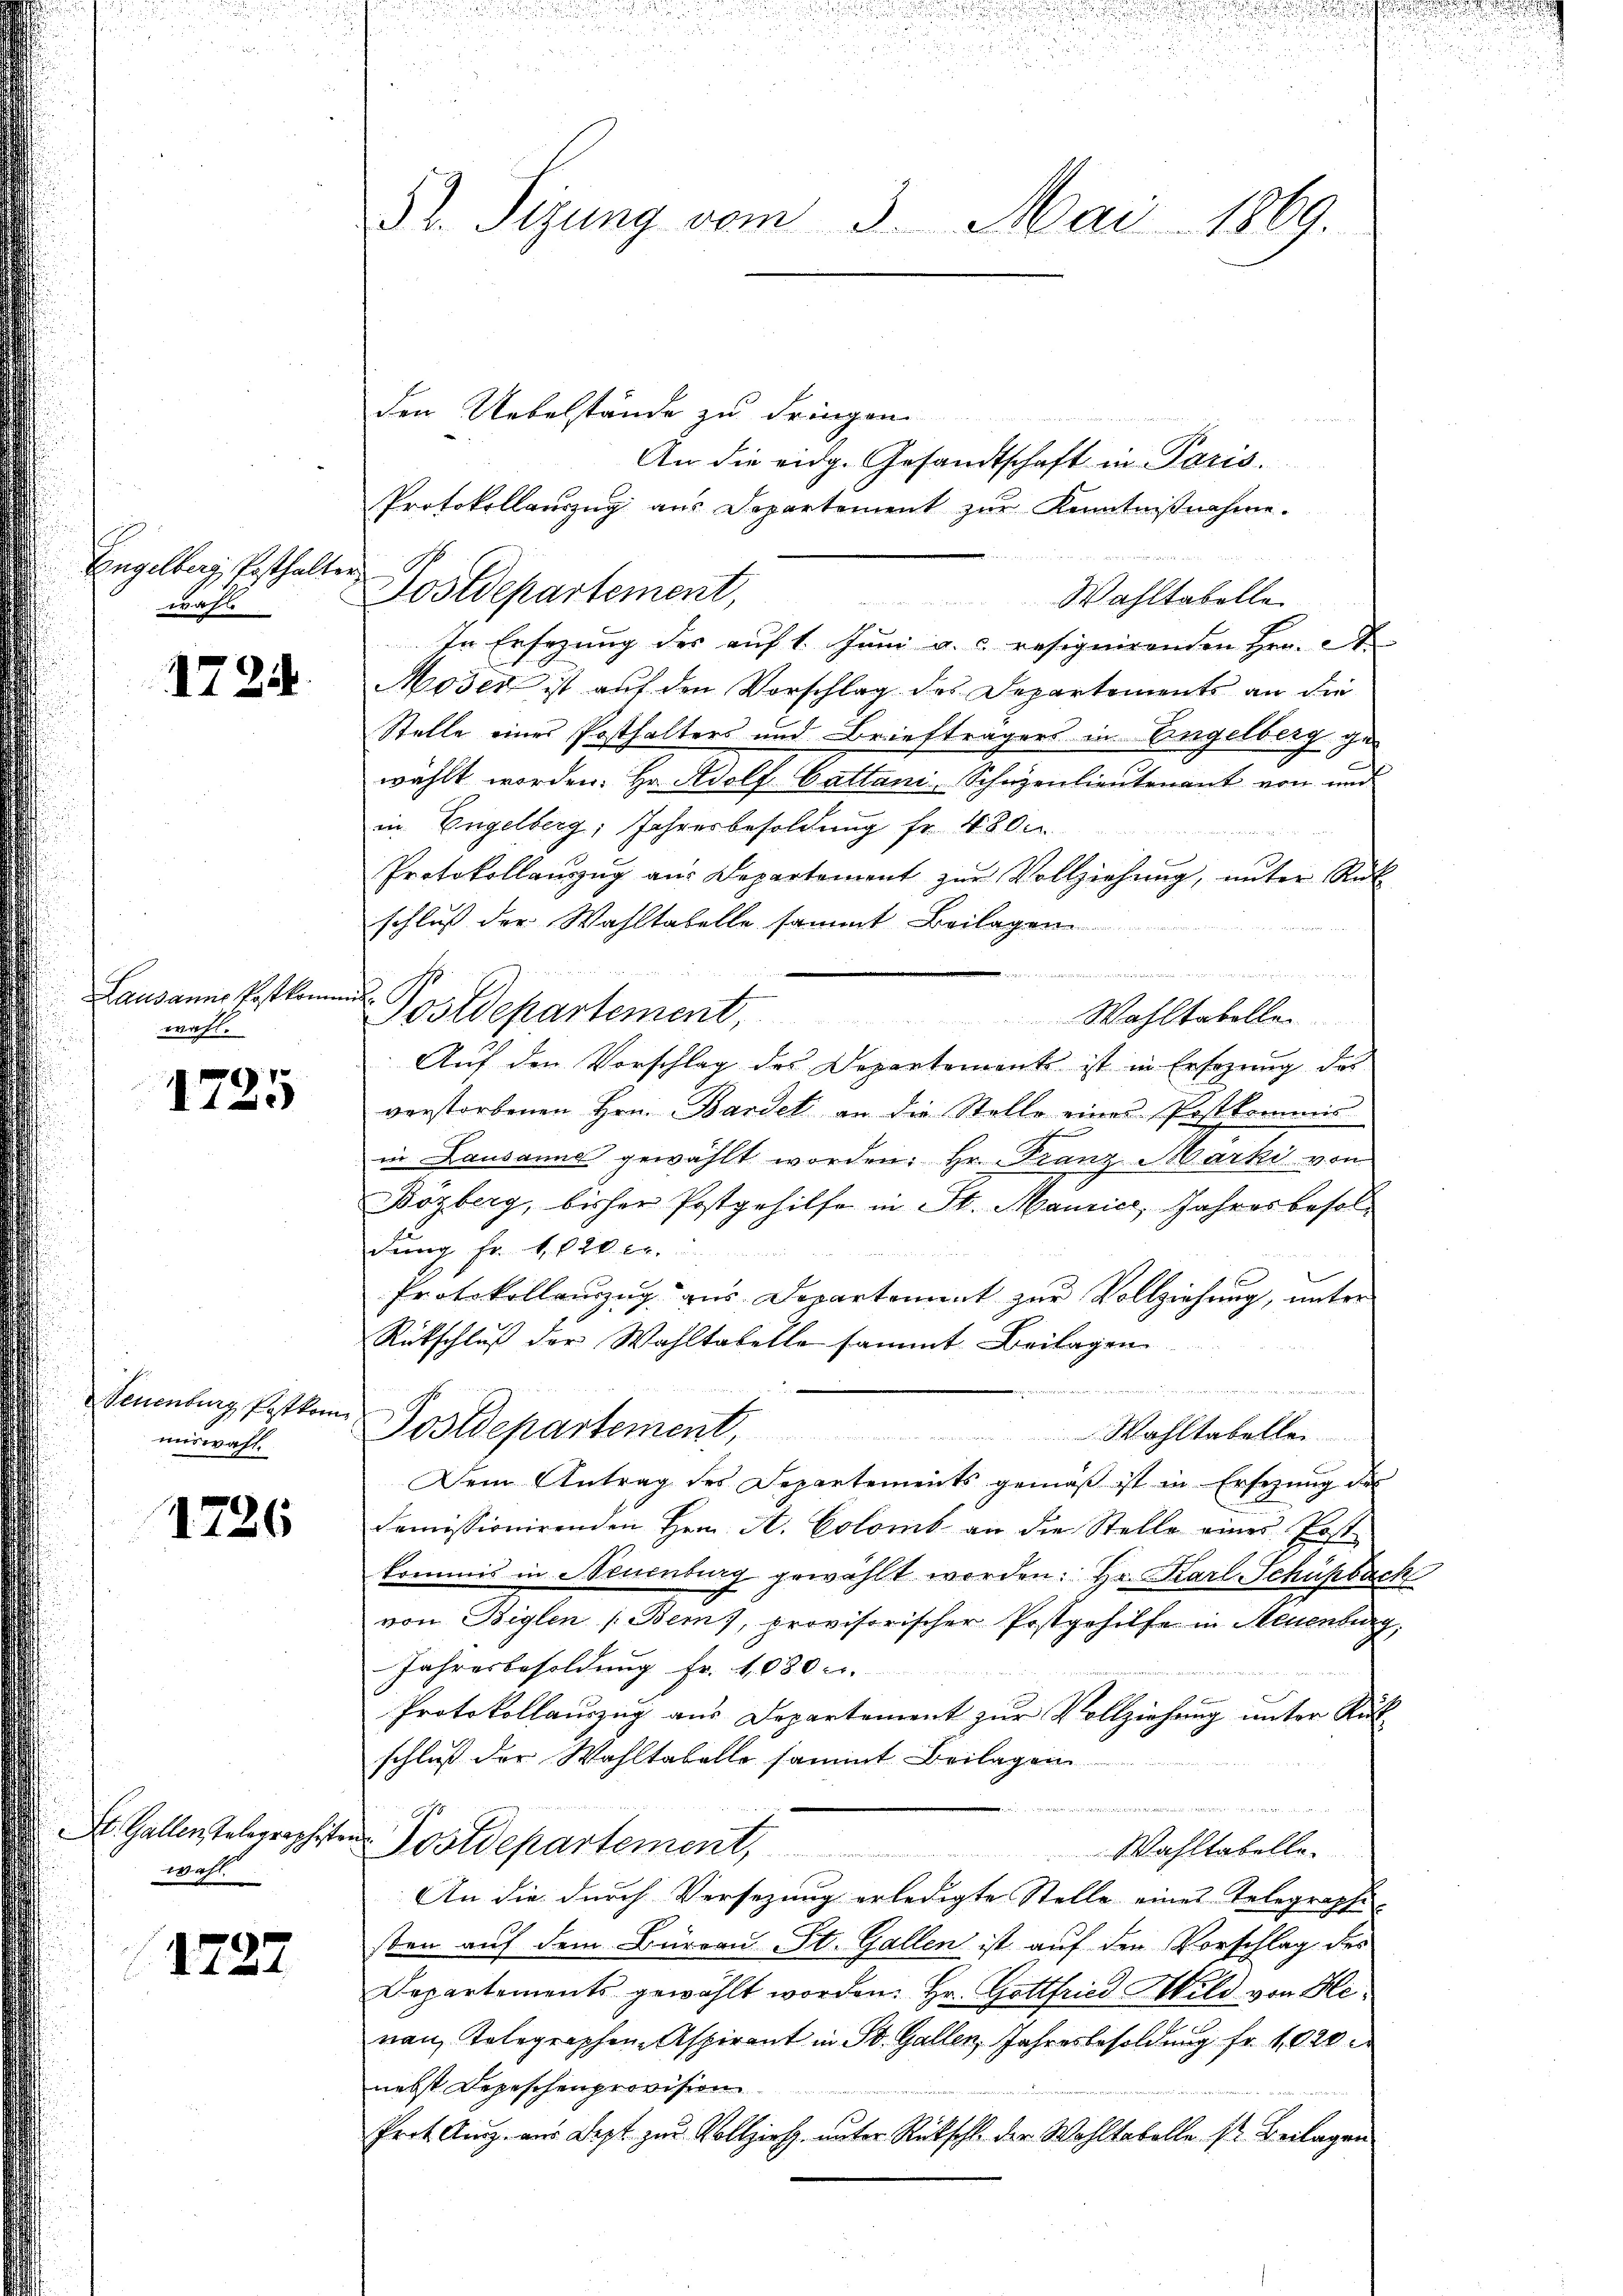
Eingelberg, Pesthalter
wah

1724.

Lausanne Postkommen.
wahl.

1725

Neuenburg Postkom
miswahl.

1726

St. Gallen Telegraphisten
wahl.

1727

52. Sizung vom 3. Mai 1869.

den Uebelstände zu dringen
An die eidg. Gesandtschaft in Paris.
Protokollauszug aus Departement zŭr Kenntnißnahme.
Postdepartement,
Wahltabelle
In Ersezung des auf 1. Juni a. c. resignirenden Hrn. St.
Moser ist auf den Vorschlag des Departements an die
Stelle einer Posthalters und Briefträgers in Engelberg gewählt worden. Hr. Adolf Cattani, Schanzenlieutenant von und
in Engelberg, Jahresbesoldung fr. 480.
Protokollanzug aus Departement zur Vollziehung, unter Rück
schluß der Wahltabelle sammt Beilagen
1474 n 1. d. hat einer 1832. 140. 22. 21. 25
Postdepartement,
Wahltabellen
Auf den Vorschlag des Departement ist in Ersezung des
verstorbenen Hrn. Bardet an die Stelle eines Postkommis
in Lausanne gewählt worden. Hr. Franz Marki von
Bozberg, bisher Postgehilfe in St. Manier, Jahresbesoldung fr. f. 20. c.

Protokollauszug aus Departement zur Vollziehung, unter
Rütschluß der Wahltabelle sammt Beilagen

Postdepartement. Wahltabellei
Dem Antrag des Departements gemäβ ist in Ersezung des
demissionirenden Hrn. A. Colomb an die Stelle eines Post
kommis in Neuenburg gewählt worden. Hr. Karl Schüpback
von Beglen (Bern, provisorischer Postgehilfe in Neuenburg,
Jahresbesoldung fr. 1080.
Protokollauszug aus Departement zur Vollziehung unter Rück-
schluß der Wahltabello sammt Beilagen
e
n
Postdepartement,
Wahltabelle.
An die durch Versezung erledigte Stelle eines Telegraphi-
sten auf dem Büreau St. Gallen ist auf den Vorschlag des
Departements gewählt worden. Hr. Gottfried Wild von Henau, Telegraphen Aspirant in St. Gallen, Jahresbesoldung fr. 1020
nebst Depeschenprovision
Prot. Aug. aus Lezt zur Vollzieh, unter Rückschl. der Wohltabelle s. Beilagen

.
n

c